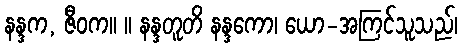
နန္ဒက, ဇီဝက။ ။ နန္ဒတူတိ နန္ဒကော၊ ယော-အကြင်သူသည်၊